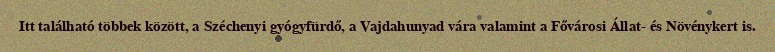
Itt található többek között, a Széchenyi gyógyfürdő, a Vajdahunyad vára valamint a Fővárosi Állat- és Növénykert is.